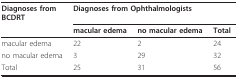
| Diagnoses fromBCDRT | <COLSPAN=3> Diagnoses from Ophthalmologists |
 |  | macular edema | no macular edema | Total |
 | --- | --- | --- | --- |
 | macular edema | 22 | 2 | 24 |
 | no macular edema | 3 | 29 | 32 |
 | Total | 25 | 31 | 56 |